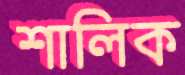
শালিক